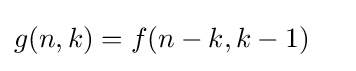
{\begin{aligned}g(n,k)&=f(n-k,k-1)\,\end{aligned}}